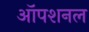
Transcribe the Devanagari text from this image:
ऑपशनल